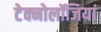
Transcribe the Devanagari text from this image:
टेक्नोलॉजियां